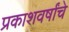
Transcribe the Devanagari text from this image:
प्रकाशवर्षांचे